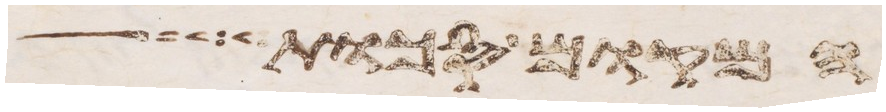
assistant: המקום סכות